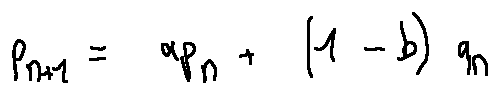
p _ { n + 1 } = a p _ { n } + ( 1 - b ) q _ { n }